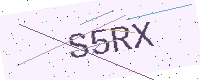
Text: S5RX